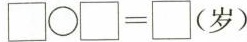
$$\Box \circ \Box = \Box(岁)$$